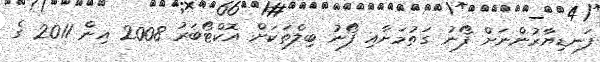
ފަނޑިޔާރުންނަށް ފޯނު ގަތުމަށާއި ފޯނު ބިލްތަކަށް އޮކްޓޯބަރު 2008 އިން 2011 ގެ